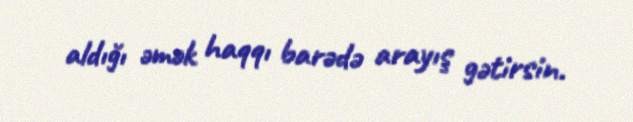
aldığı əmək haqqı barədə arayış gətirsin.